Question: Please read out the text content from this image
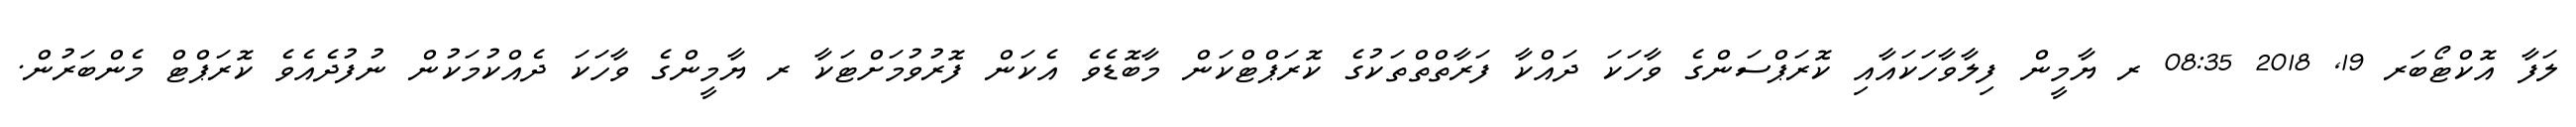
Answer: ލަފާ އޮކްޓޯބަރ 19, 2018 08:35 ރ ޔާމީން ފިލާވާހަކައާއި ކޮރަޕްސަންގެ ވާހަކަ ދައްކާ ފަރާތްތްތަކުގެ ކޮރަޕްޓްކަން މާބޮޑެވެ އެކަން ފޮރުވުމަށްޓަކާ ރ ޔާމީންގެ ވާހަކަ ދެއްކުމަކުން ނުފުދެއެވެ ކޮރަޕްޓް މެންބަރުން.